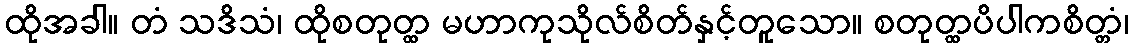
ထိုအခါ။ တံ သဒိသံ၊ ထိုစတုတ္ထ မဟာကုသိုလ်စိတ်နှင့်တူသော။ စတုတ္ထပိပါကစိတ္တံ၊